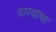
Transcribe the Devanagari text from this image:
दास्याचा